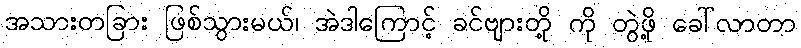
အသားတခြား ဖြစ်သွားမယ်၊ အဲဒါကြောင့် ခင်ဗျားတို့ ကို တွဲဖို့ ခေါ်လာတာ